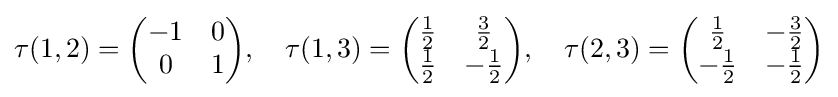
\tau (1,2)={\begin{pmatrix}-1&0\\0&1\end{pmatrix}},\quad \tau (1,3)={\begin{pmatrix}{\frac {1}{2}}&{\frac {3}{2}}\\{\frac {1}{2}}&-{\frac {1}{2}}\end{pmatrix}},\quad \tau (2,3)={\begin{pmatrix}{\frac {1}{2}}&-{\frac {3}{2}}\\-{\frac {1}{2}}&-{\frac {1}{2}}\end{pmatrix}}